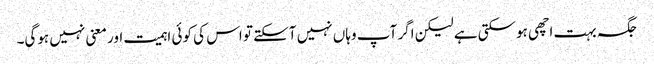
جگہ بہت اچھی ہوسکتی ہے لیکن اگر آپ وہاں نہیں آسکتے تو اس کی کوئی اہمیت اور معنی نہیں ہوگی۔